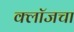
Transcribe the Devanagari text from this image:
क्लॉजचा